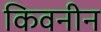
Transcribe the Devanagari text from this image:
किवनीन